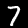
Digit: 7